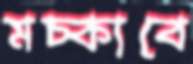
মচ্‌কাবে